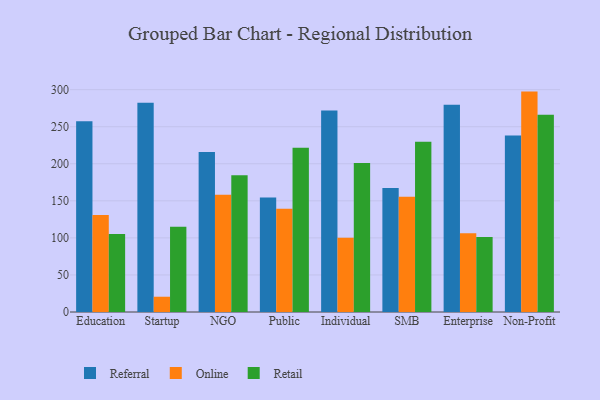
{"axis": {"x": "Segment", "y": "Inventory Turnover"}, "legend": ["Online", "Referral", "Retail"], "data": [{"x": "Education", "y": 257.3, "type": "Referral"}, {"x": "Education", "y": 130.9, "type": "Online"}, {"x": "Education", "y": 105.3, "type": "Retail"}, {"x": "Startup", "y": 282.3, "type": "Referral"}, {"x": "Startup", "y": 20.6, "type": "Online"}, {"x": "Startup", "y": 115.1, "type": "Retail"}, {"x": "NGO", "y": 215.8, "type": "Referral"}, {"x": "NGO", "y": 158.1, "type": "Online"}, {"x": "NGO", "y": 184.4, "type": "Retail"}, {"x": "Public", "y": 154.6, "type": "Referral"}, {"x": "Public", "y": 139.2, "type": "Online"}, {"x": "Public", "y": 221.7, "type": "Retail"}, {"x": "Individual", "y": 271.8, "type": "Referral"}, {"x": "Individual", "y": 100.2, "type": "Online"}, {"x": "Individual", "y": 201.2, "type": "Retail"}, {"x": "SMB", "y": 167.3, "type": "Referral"}, {"x": "SMB", "y": 155.4, "type": "Online"}, {"x": "SMB", "y": 229.8, "type": "Retail"}, {"x": "Enterprise", "y": 279.8, "type": "Referral"}, {"x": "Enterprise", "y": 106.3, "type": "Online"}, {"x": "Enterprise", "y": 101.1, "type": "Retail"}, {"x": "Non-Profit", "y": 238.0, "type": "Referral"}, {"x": "Non-Profit", "y": 297.4, "type": "Online"}, {"x": "Non-Profit", "y": 266.2, "type": "Retail"}]}